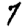
Digit: 7